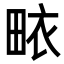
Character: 畩